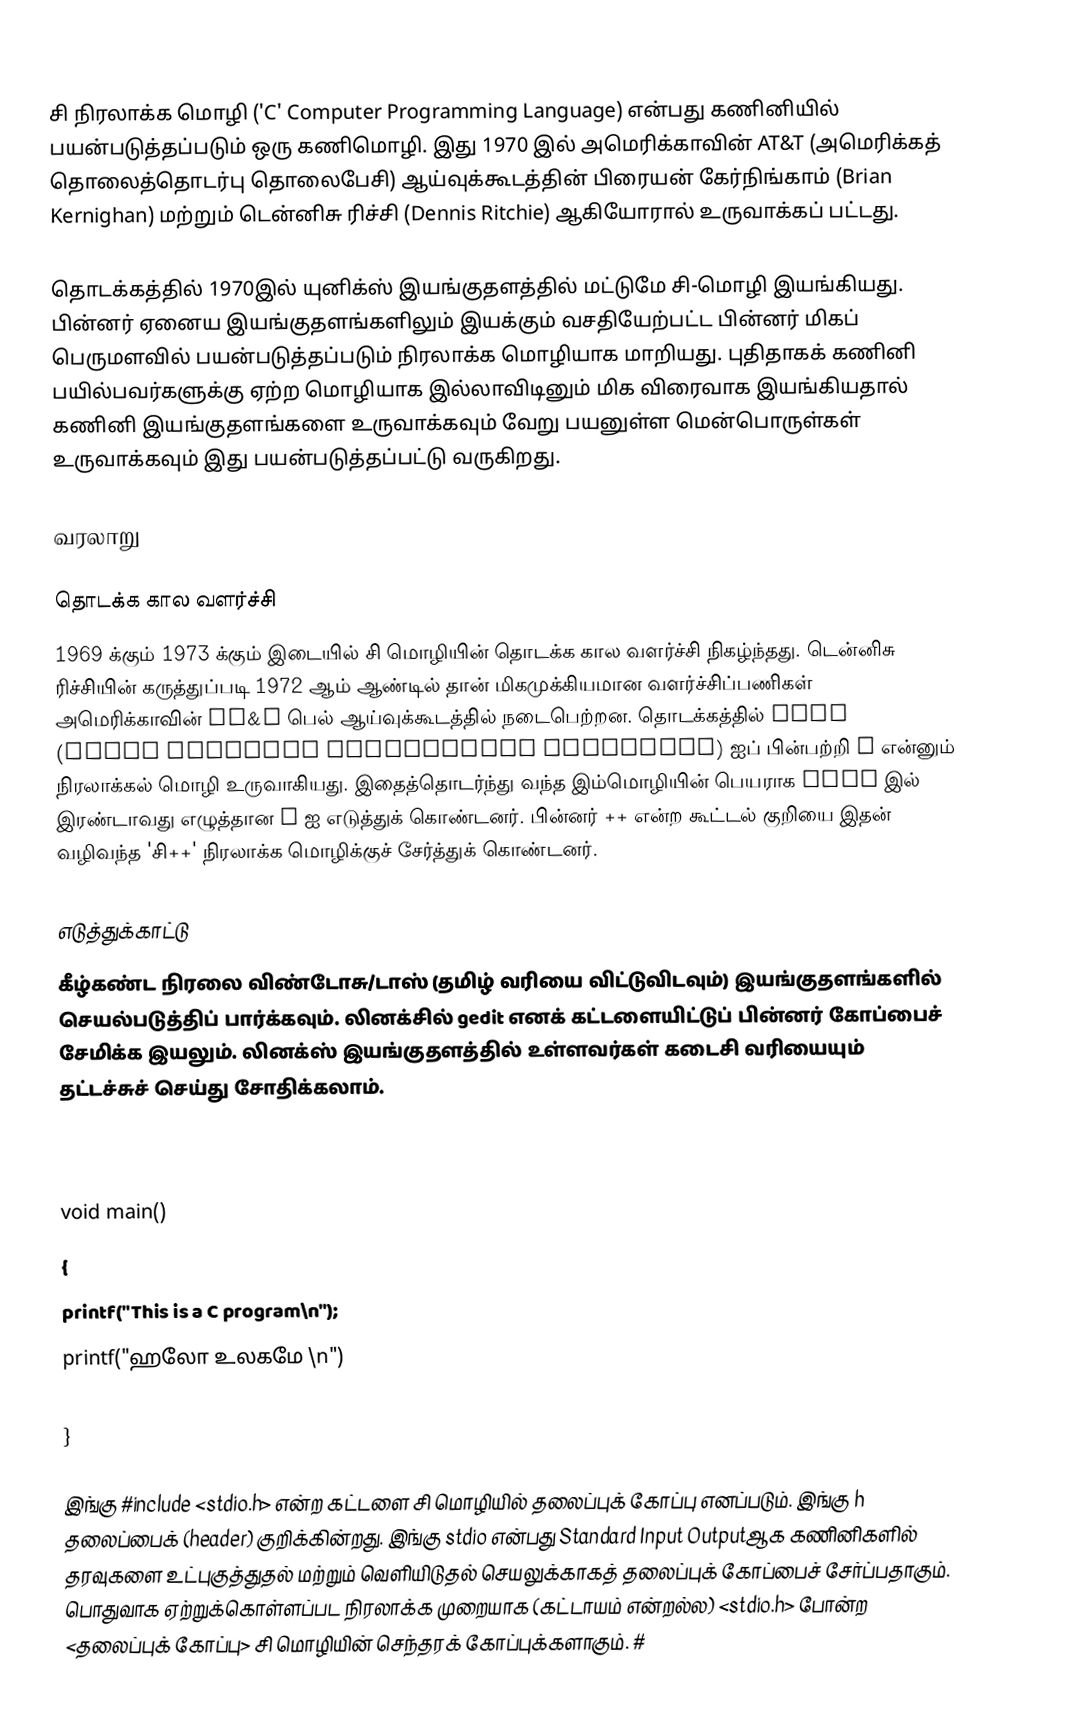
சி நிரலாக்க மொழி ('C' Computer Programming Language) என்பது கணினியில் பயன்படுத்தப்படும் ஒரு கணிமொழி. இது 1970 இல் அமெரிக்காவின் AT&T (அமெரிக்கத் தொலைத்தொடர்பு தொலைபேசி) ஆய்வுக்கூடத்தின் பிரையன் கேர்நிங்காம் (Brian Kernighan) மற்றும் டென்னிசு ரிச்சி (Dennis Ritchie) ஆகியோரால் உருவாக்கப் பட்டது.

தொடக்கத்தில் 1970இல் யுனிக்ஸ் இயங்குதளத்தில் மட்டுமே சி-மொழி இயங்கியது. பின்னர் ஏனைய இயங்குதளங்களிலும் இயக்கும் வசதியேற்பட்ட பின்னர் மிகப் பெருமளவில் பயன்படுத்தப்படும் நிரலாக்க மொழியாக மாறியது. புதிதாகக் கணினி பயில்பவர்களுக்கு ஏற்ற மொழியாக இல்லாவிடினும் மிக விரைவாக இயங்கியதால் கணினி இயங்குதளங்களை உருவாக்கவும் வேறு பயனுள்ள மென்பொருள்கள் உருவாக்கவும் இது பயன்படுத்தப்பட்டு வருகிறது.

வரலாறு

தொடக்க கால வளர்ச்சி
1969 க்கும் 1973 க்கும் இடையில் சி மொழியின் தொடக்க கால வளர்ச்சி நிகழ்ந்தது. டென்னிசு ரிச்சியின் கருத்துப்படி 1972 ஆம் ஆண்டில் தான் மிகமுக்கியமான வளர்ச்சிப்பணிகள் அமெரிக்காவின் AT&T பெல் ஆய்வுக்கூடத்தில் நடைபெற்றன. தொடக்கத்தில் BCPL (Basic Combimed Programming Lanaguage) ஐப் பின்பற்றி B என்னும் நிரலாக்கல் மொழி உருவாகியது. இதைத்தொடர்ந்து வந்த இம்மொழியின் பெயராக BCPL இல் இரண்டாவது எழுத்தான C ஐ எடுத்துக் கொண்டனர். பின்னர் ++ என்ற கூட்டல் குறியை இதன் வழிவந்த 'சி++' நிரலாக்க மொழிக்குச் சேர்த்துக் கொண்டனர்.

எடுத்துக்காட்டு
கீழ்கண்ட நிரலை விண்டோசு/டாஸ் (தமிழ் வரியை விட்டுவிடவும்) இயங்குதளங்களில் செயல்படுத்திப் பார்க்கவும். லினக்சில் gedit எனக் கட்டளையிட்டுப் பின்னர் கோப்பைச் சேமிக்க இயலும். லினக்ஸ் இயங்குதளத்தில் உள்ளவர்கள் கடைசி வரியையும் தட்டச்சுச் செய்து சோதிக்கலாம்.

 #include <stdio.h>

 void main()
 {
         printf("This is a C program\n");
         printf("ஹலோ உலகமே \n")

 }

இங்கு #include <stdio.h>  என்ற கட்டளை சி மொழியில் தலைப்புக் கோப்பு எனப்படும். இங்கு h தலைப்பைக் (header) குறிக்கின்றது. இங்கு stdio என்பது Standard Input Outputஆக கணினிகளில் தரவுகளை உட்புகுத்துதல் மற்றும் வெளியிடுதல் செயலுக்காகத் தலைப்புக் கோப்பைச் சேர்ப்பதாகும். பொதுவாக ஏற்றுக்கொள்ளப்பட நிரலாக்க முறையாக (கட்டாயம் என்றல்ல) <stdio.h> போன்ற <தலைப்புக் கோப்பு> சி மொழியின் செந்தரக் கோப்புக்களாகும். #